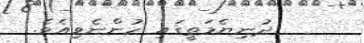
ދުނިޔެމަތީގައި ހުންނެވިއެވެ.